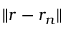
\lVert \boldsymbol { r } - \boldsymbol { r } _ { \! \; \! n } \rVert